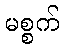
မစ္စက်